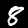
Label: 8